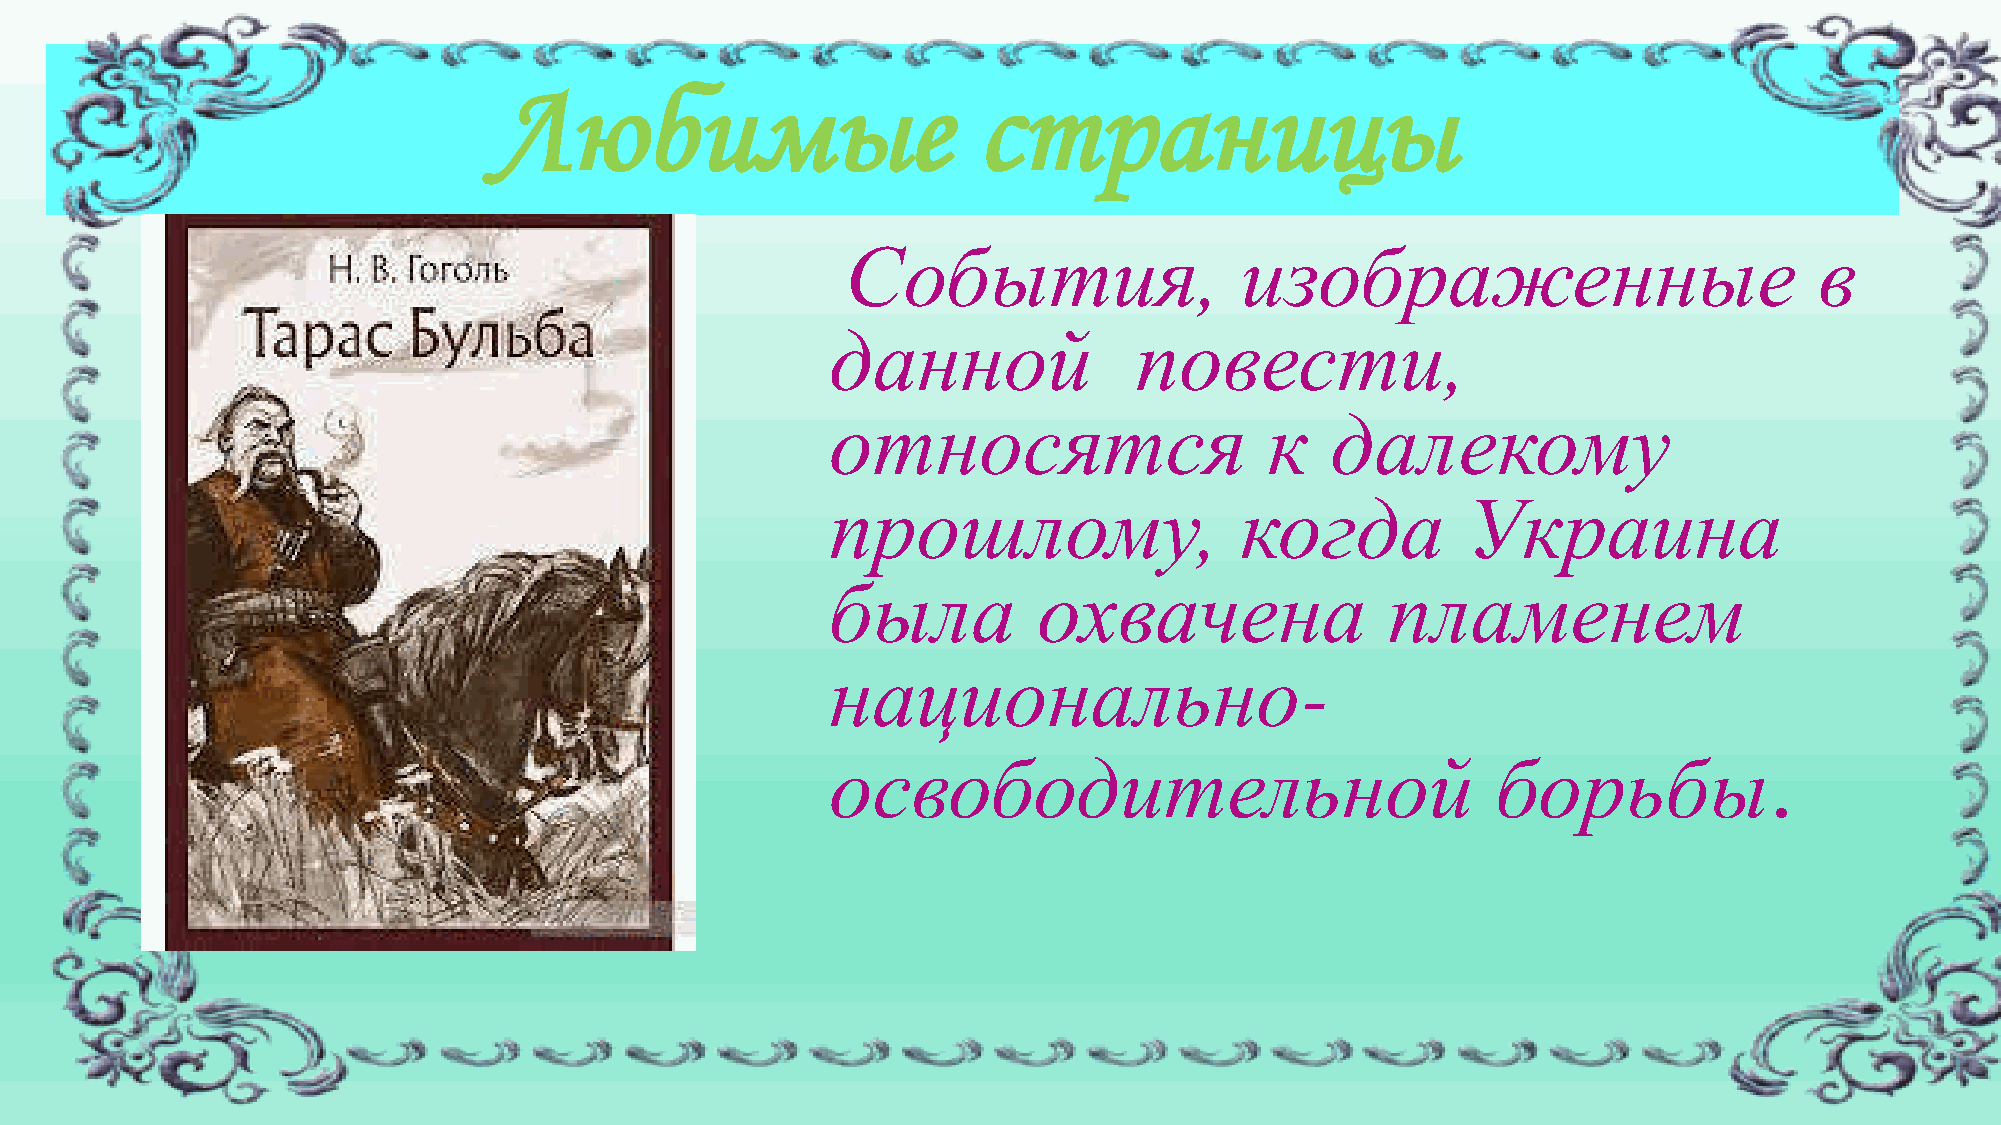
Любимые                          страницы
 События,                  изображенные                          в
 данной              повести,
 относятся                    к   далекому
 прошлому,                  когда          Украина
 была          охвачена               пламенем
 национально-
 .
 освободительной                             борьбы